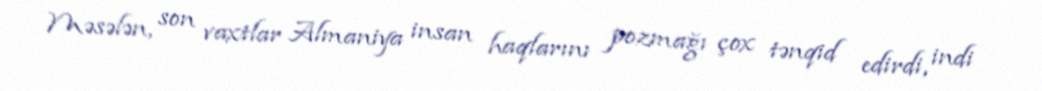
Məsələn, son vaxtlar Almaniya insan haqlarını pozmağı çox tənqid edirdi, indi